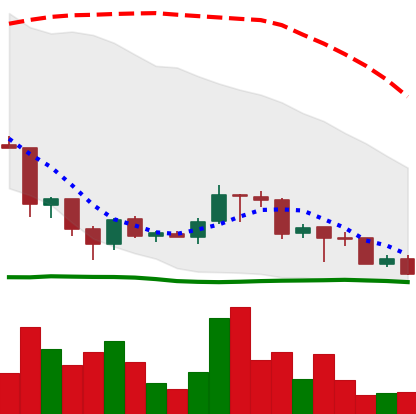
Ticker: TRX-USD
Chart end date: 2018-06-28
Forward return: 6.006%
Label: up_5_7